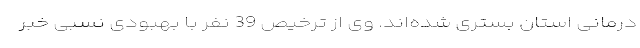
درمانی استان بستری شده‌اند. وی از ترخیص 39 نفر با بهبودی نسبی خبر